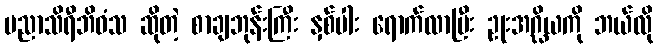
ပညာသိရီဘိဝံသ ဆိုတဲ့ စာချဘုန်းကြီး နှစ်ပါး ရောက်လာပြီး ဥုးအဂ္ဃိယကို ဘယ်လို